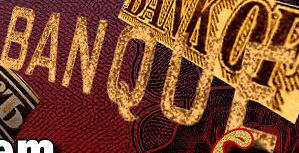
BANQUE